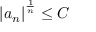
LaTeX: \left\vert a _ { n } \right\vert ^ { \frac { 1 } { n } } \leq C